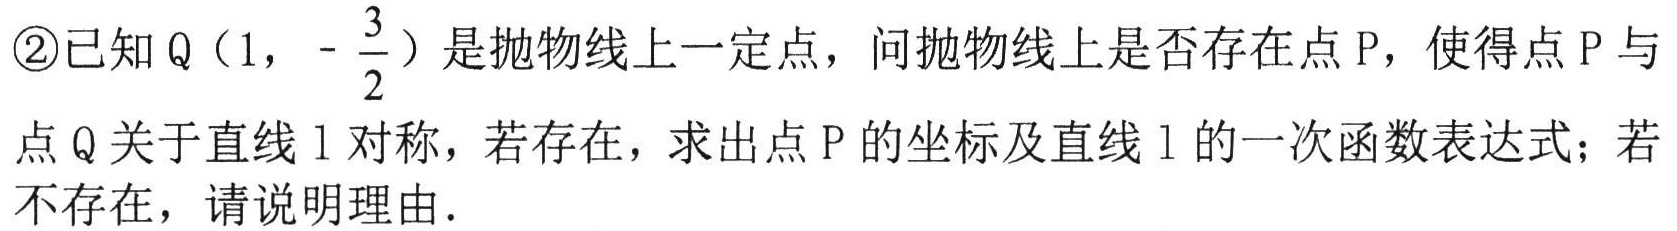
\textcircled{2}已知\(Q\left(1,-\dfrac{3}{2}\right)\)是抛物线上一定点，问抛物线上是否存在点\(P\)，使得点\(P\)与
点\(Q\)关于直线\(l\)对称，若存在，求出点\(P\)的坐标及直线\(l\)的一次函数表达式；若
不存在，请说明理由．